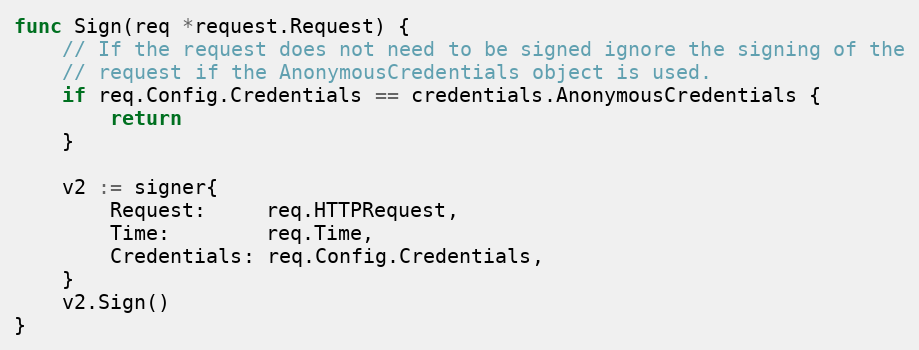
Language: Go
func Sign(req *request.Request) {
	// If the request does not need to be signed ignore the signing of the
	// request if the AnonymousCredentials object is used.
	if req.Config.Credentials == credentials.AnonymousCredentials {
		return
	}

	v2 := signer{
		Request:     req.HTTPRequest,
		Time:        req.Time,
		Credentials: req.Config.Credentials,
	}
	v2.Sign()
}